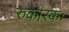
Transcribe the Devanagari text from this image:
रुकारकः